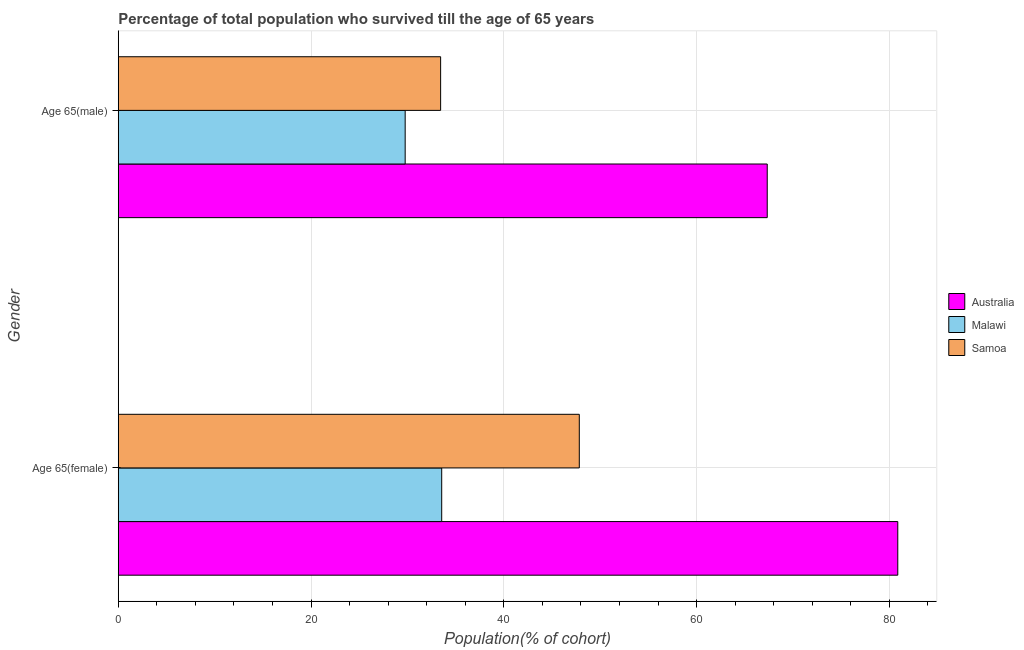
| Gender | Australia | Malawi | Samoa |
 | --- | --- | --- | --- |
 | Age 65(female) | 80.9 | 33.6 | 47.8 |
 | Age 65(male) | 67.3 | 29.8 | 33.4 |